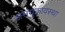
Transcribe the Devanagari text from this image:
असंयुक्तावस्था